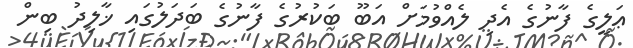
ޢަލީގެ ފާނުގެ އެދި ލެއްވުމަށް އަބޫ ބަކުރުގެ ފާނުގެ ބަދަލުގައި ޚާލިދު ބިން